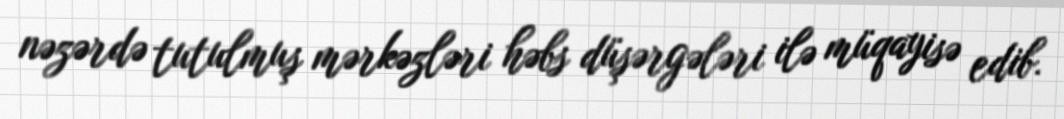
nəzərdə tutulmuş mərkəzləri həbs düşərgələri ilə müqayisə edib.